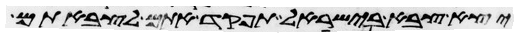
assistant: יצא צבא בישראל תפקד אתם לצבאתם